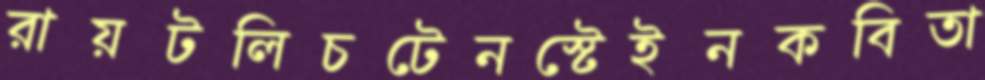
রায়টলিচটেনস্টেইনকবিতা